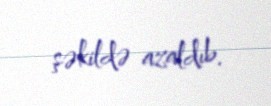
şəkildə azaldıb.